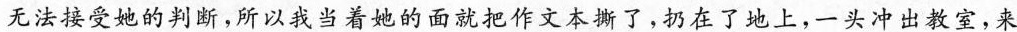
无法接受她的判断，所以我当着她的面就把作文本撕了，扔在了地上，一头冲出教室，来